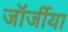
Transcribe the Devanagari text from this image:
जॉर्जीया